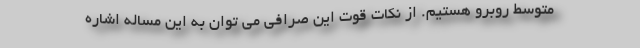
متوسط روبرو هستيم. از نكات قوت اين صرافي مي توان به اين مساله اشاره